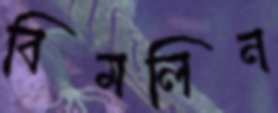
বিমলিন